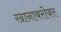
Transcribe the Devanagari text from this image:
खानाबरोबर